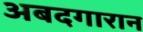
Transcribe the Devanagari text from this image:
अबदगारान